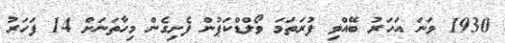
1930 ވަނަ އަހަރު ބޭއްވި ފުރަތަމަ ވޯލްޑްކަޕުން ފެށިގެން މިހާތަނަށް 14 ފަހަރު